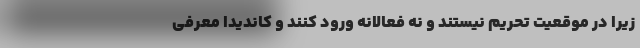
زیرا در موقعیت تحریم نیستند و نه فعالانه ورود کنند و کاندیدا معرفی